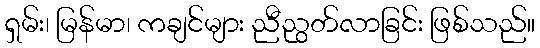
ရှမ်း၊ မြန်မာ၊ ကချင်များ ညီညွတ်လာခြင်း ဖြစ်သည်။